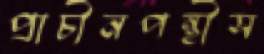
প্রাচীনপন্থীস